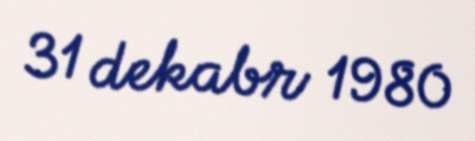
31 dekabr 1980